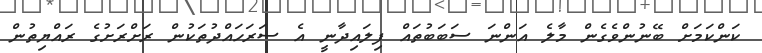
ކަންކަމަށް ބޭނުންވެގެން މާލެ އަންނަ ސަބަބުތައް ފިލައިދާނީ އެ ސަރަހައްދުތަކުން ރަށްރަށުގެ ރައްޔިތުން